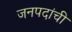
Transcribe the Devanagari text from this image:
जनपदांची